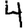
Digit: 4